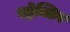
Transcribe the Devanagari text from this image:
एट्रेक्टिव